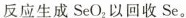
反应生成SeO_{2}以回收Se。